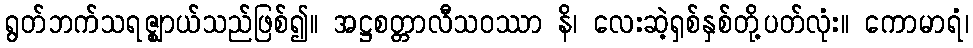
ရွတ်ဘက်သရဇ္ဈာယ်သည်ဖြစ်၍။ အဋ္ဌစတ္တာလီသဝဿာ နိ၊ လေးဆဲ့ရှစ်နှစ်တို့ပတ်လုံး။ ကောမာရံ၊